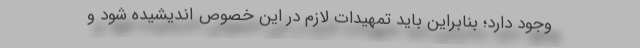
وجود دارد؛ بنابراین باید تمهیدات لازم در این خصوص اندیشیده شود و